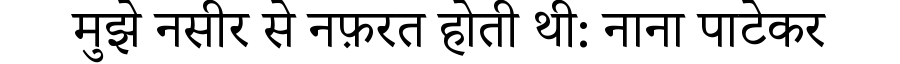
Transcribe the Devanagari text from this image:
मुझे नसीर से नफ़रत होती थी: नाना पाटेकर